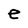
Character: e